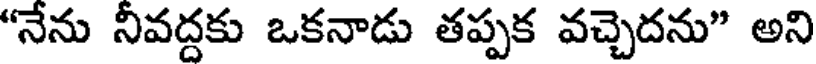
"నేను నీవద్దకు ఒకనాడు తప్పక వచ్చెదను" అని